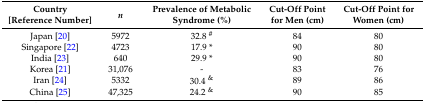
| Country [Reference Number] | n | Prevalence of Metabolic Syndrome (%) | Cut-Off Point for Men (cm) | Cut-Off Point for Women (cm) |
 | --- | --- | --- | --- | --- |
 | Japan [20] | 5972 | 32.8 # | 84 | 80 |
 | Singapore [22] | 4723 | 17.9 * | 90 | 80 |
 | India [23] | 640 | 29.9 * | 90 | 80 |
 | Korea [21] | 31,076 | - | 83 | 76 |
 | Iran [24] | 5332 | 30.4 & | 89 | 86 |
 | China [25] | 47,325 | 24.2 & | 90 | 85 |